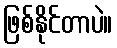
ဖြစ်နိုင်တာပဲ။